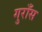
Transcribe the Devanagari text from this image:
गुराँस